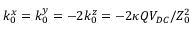
k _ { 0 } ^ { x } = k _ { 0 } ^ { y } = - 2 k _ { 0 } ^ { z } = - 2 \kappa Q V _ { D C } / Z _ { 0 } ^ { 2 }